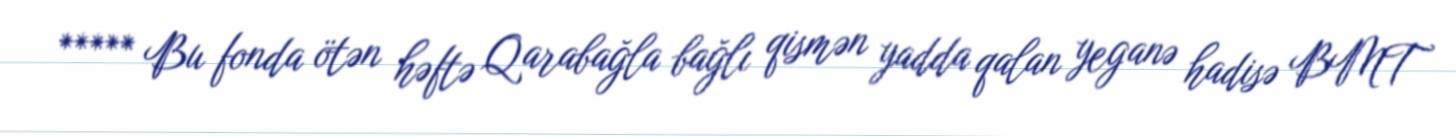
***** Bu fonda ötən həftə Qarabağla bağlı qismən yadda qalan yeganə hadisə BMT